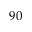
9 0